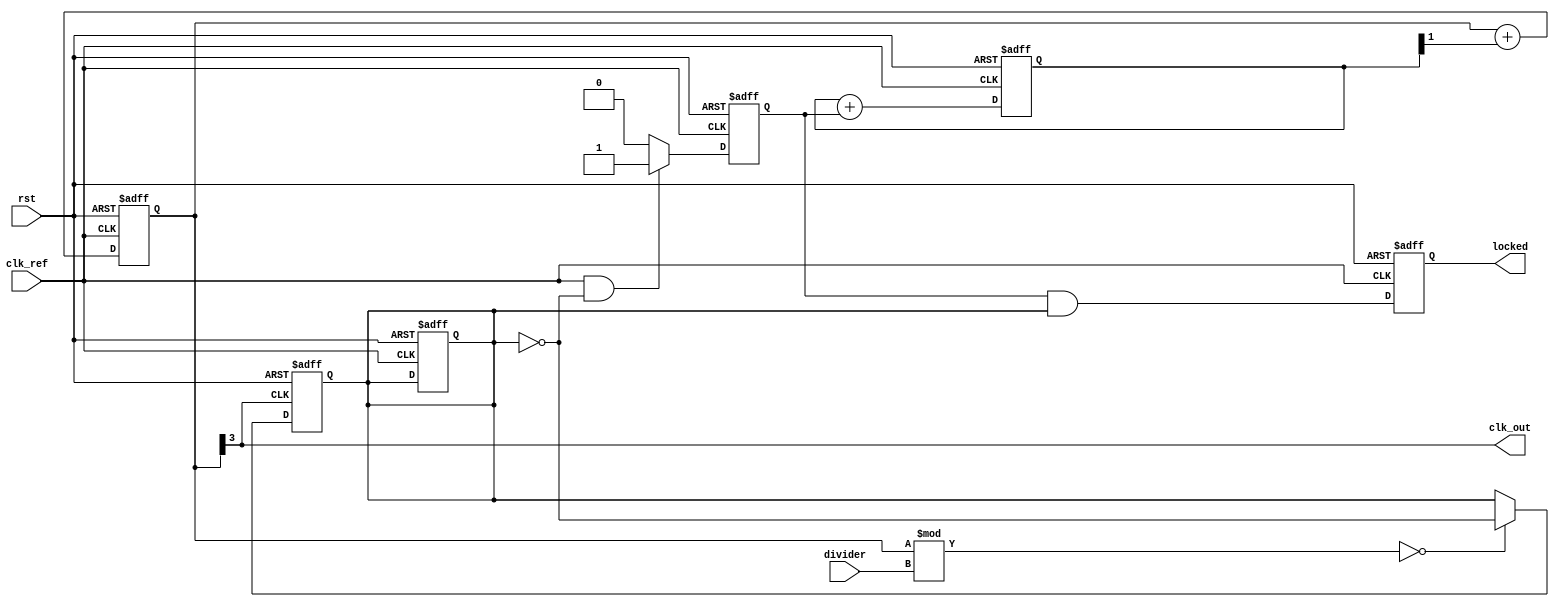
module low_jitter_pll (
    input wire clk_ref,            // Reference clock input
    input wire rst,                // Reset signal
    input wire [3:0] divider,      // Feedback divider value
    output wire clk_out,           // PLL output clock
    output wire locked             // Lock status signal
);

// Parameters
parameter integer N = 4;          // Loop filter order
parameter integer K = 2;          // VCO gain factor

// Phase Detector (PD)
reg phase_detector_out;
reg clk_fb;
always @(posedge clk_ref or posedge rst) begin
    if (rst) begin
        phase_detector_out <= 1'b0;
        clk_fb <= 1'b0;
    end else begin
        // Simple phase detector logic
        if (clk_ref && ~clk_fb) begin
            phase_detector_out <= 1'b1; // Phase difference detected
        end else begin
            phase_detector_out <= 1'b0; // No phase difference
        end
    end
end

// Loop Filter (LF)
reg [7:0] control_voltage;
always @(posedge clk_ref or posedge rst) begin
    if (rst) begin
        control_voltage <= 8'd0; // Initialize to zero
    end else begin
        // Simple first-order loop filter (can be made more complex)
        control_voltage <= control_voltage + phase_detector_out; // Basic filtering
    end
end

// Voltage-Controlled Oscillator (VCO)
reg [7:0] vco_counter;
assign clk_out = vco_counter[N-1]; // Output clock from VCO
always @(posedge clk_ref or posedge rst) begin
    if (rst) begin
        vco_counter <= 8'd0;
    end else begin
        // Simple VCO logic: increment counter based on control voltage
        vco_counter <= vco_counter + control_voltage[K-1];
    end
end

// Feedback Divider
always @(posedge clk_out or posedge rst) begin
    if (rst) begin
        clk_fb <= 1'b0;
    end else begin
        // Divide the VCO output clock by the divider value
        clk_fb <= (vco_counter % divider) == 0 ? ~clk_fb : clk_fb;
    end
end

// Lock Detection Logic
reg locked_reg;
always @(posedge clk_ref or posedge rst) begin
    if (rst) begin
        locked_reg <= 1'b0;
    end else begin
        // Simple lock detection logic
        locked_reg <= (phase_detector_out == 1'b1 && clk_fb == 1'b1);
    end
end

assign locked = locked_reg;

endmodule